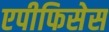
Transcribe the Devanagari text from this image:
एपीफिसेस